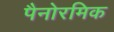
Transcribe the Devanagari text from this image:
पैनोरमिक